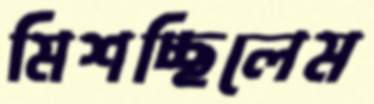
মিশচ্ছিলেম